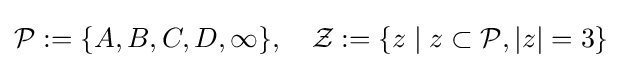
{\mathcal {P}}:=\{A,B,C,D,\infty \},\quad {\mathcal {Z}}:=\{z\mid z\subset {\mathcal {P}},|z|=3\}